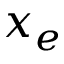
x _ { e }